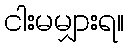
ငါးမမျှားရ။